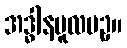
အဒ္ဓါနမူလပဥှ။